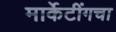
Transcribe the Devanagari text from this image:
मार्केटींगचा